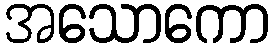
အသောကော